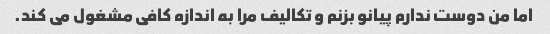
اما من دوست ندارم پیانو بزنم و تکالیف مرا به اندازه کافی مشغول می کند.